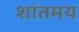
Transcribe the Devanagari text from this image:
शांतमय